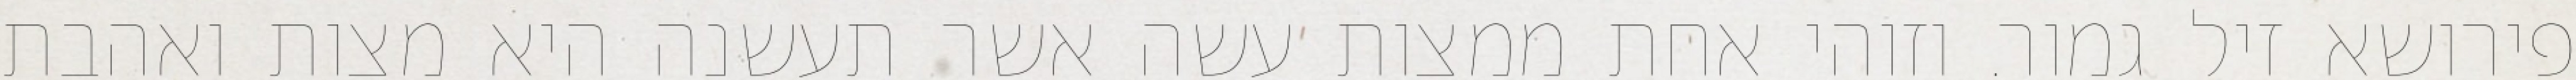
פירושא זיל גמור. וזוהי אחת ממצות עשה אשר תעשנה היא מצות ואהבת